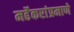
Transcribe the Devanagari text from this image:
मर्ढेकरांप्रमाणे